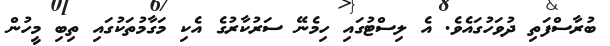
ބުރާސްފަތި ދުވަހުގައެވެ. އެ ލިސްޓުގައި ހިމެނޭ ސަރުކާރުގެ އެކި މަގާމުތަކުގައި ތިބި މީހުން